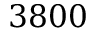
3 8 0 0